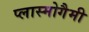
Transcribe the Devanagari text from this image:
प्लास्मोगैमी